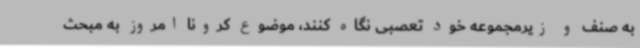
به صنف و زیرمجموعه خود تعصبی نگاه کنند، موضوع کرونا امروز به مبحث